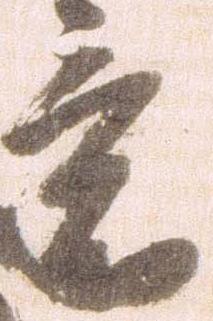
意